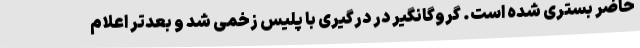
حاضر بستری شده است. گروگانگیر در درگیری با پلیس زخمی شد و بعدتر اعلام